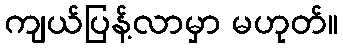
ကျယ်ပြန့်လာမှာ မဟုတ်။